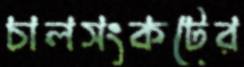
চালসংকটের